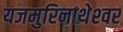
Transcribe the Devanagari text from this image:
यजमुरिनाथेश्‍वर